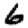
Digit: 6